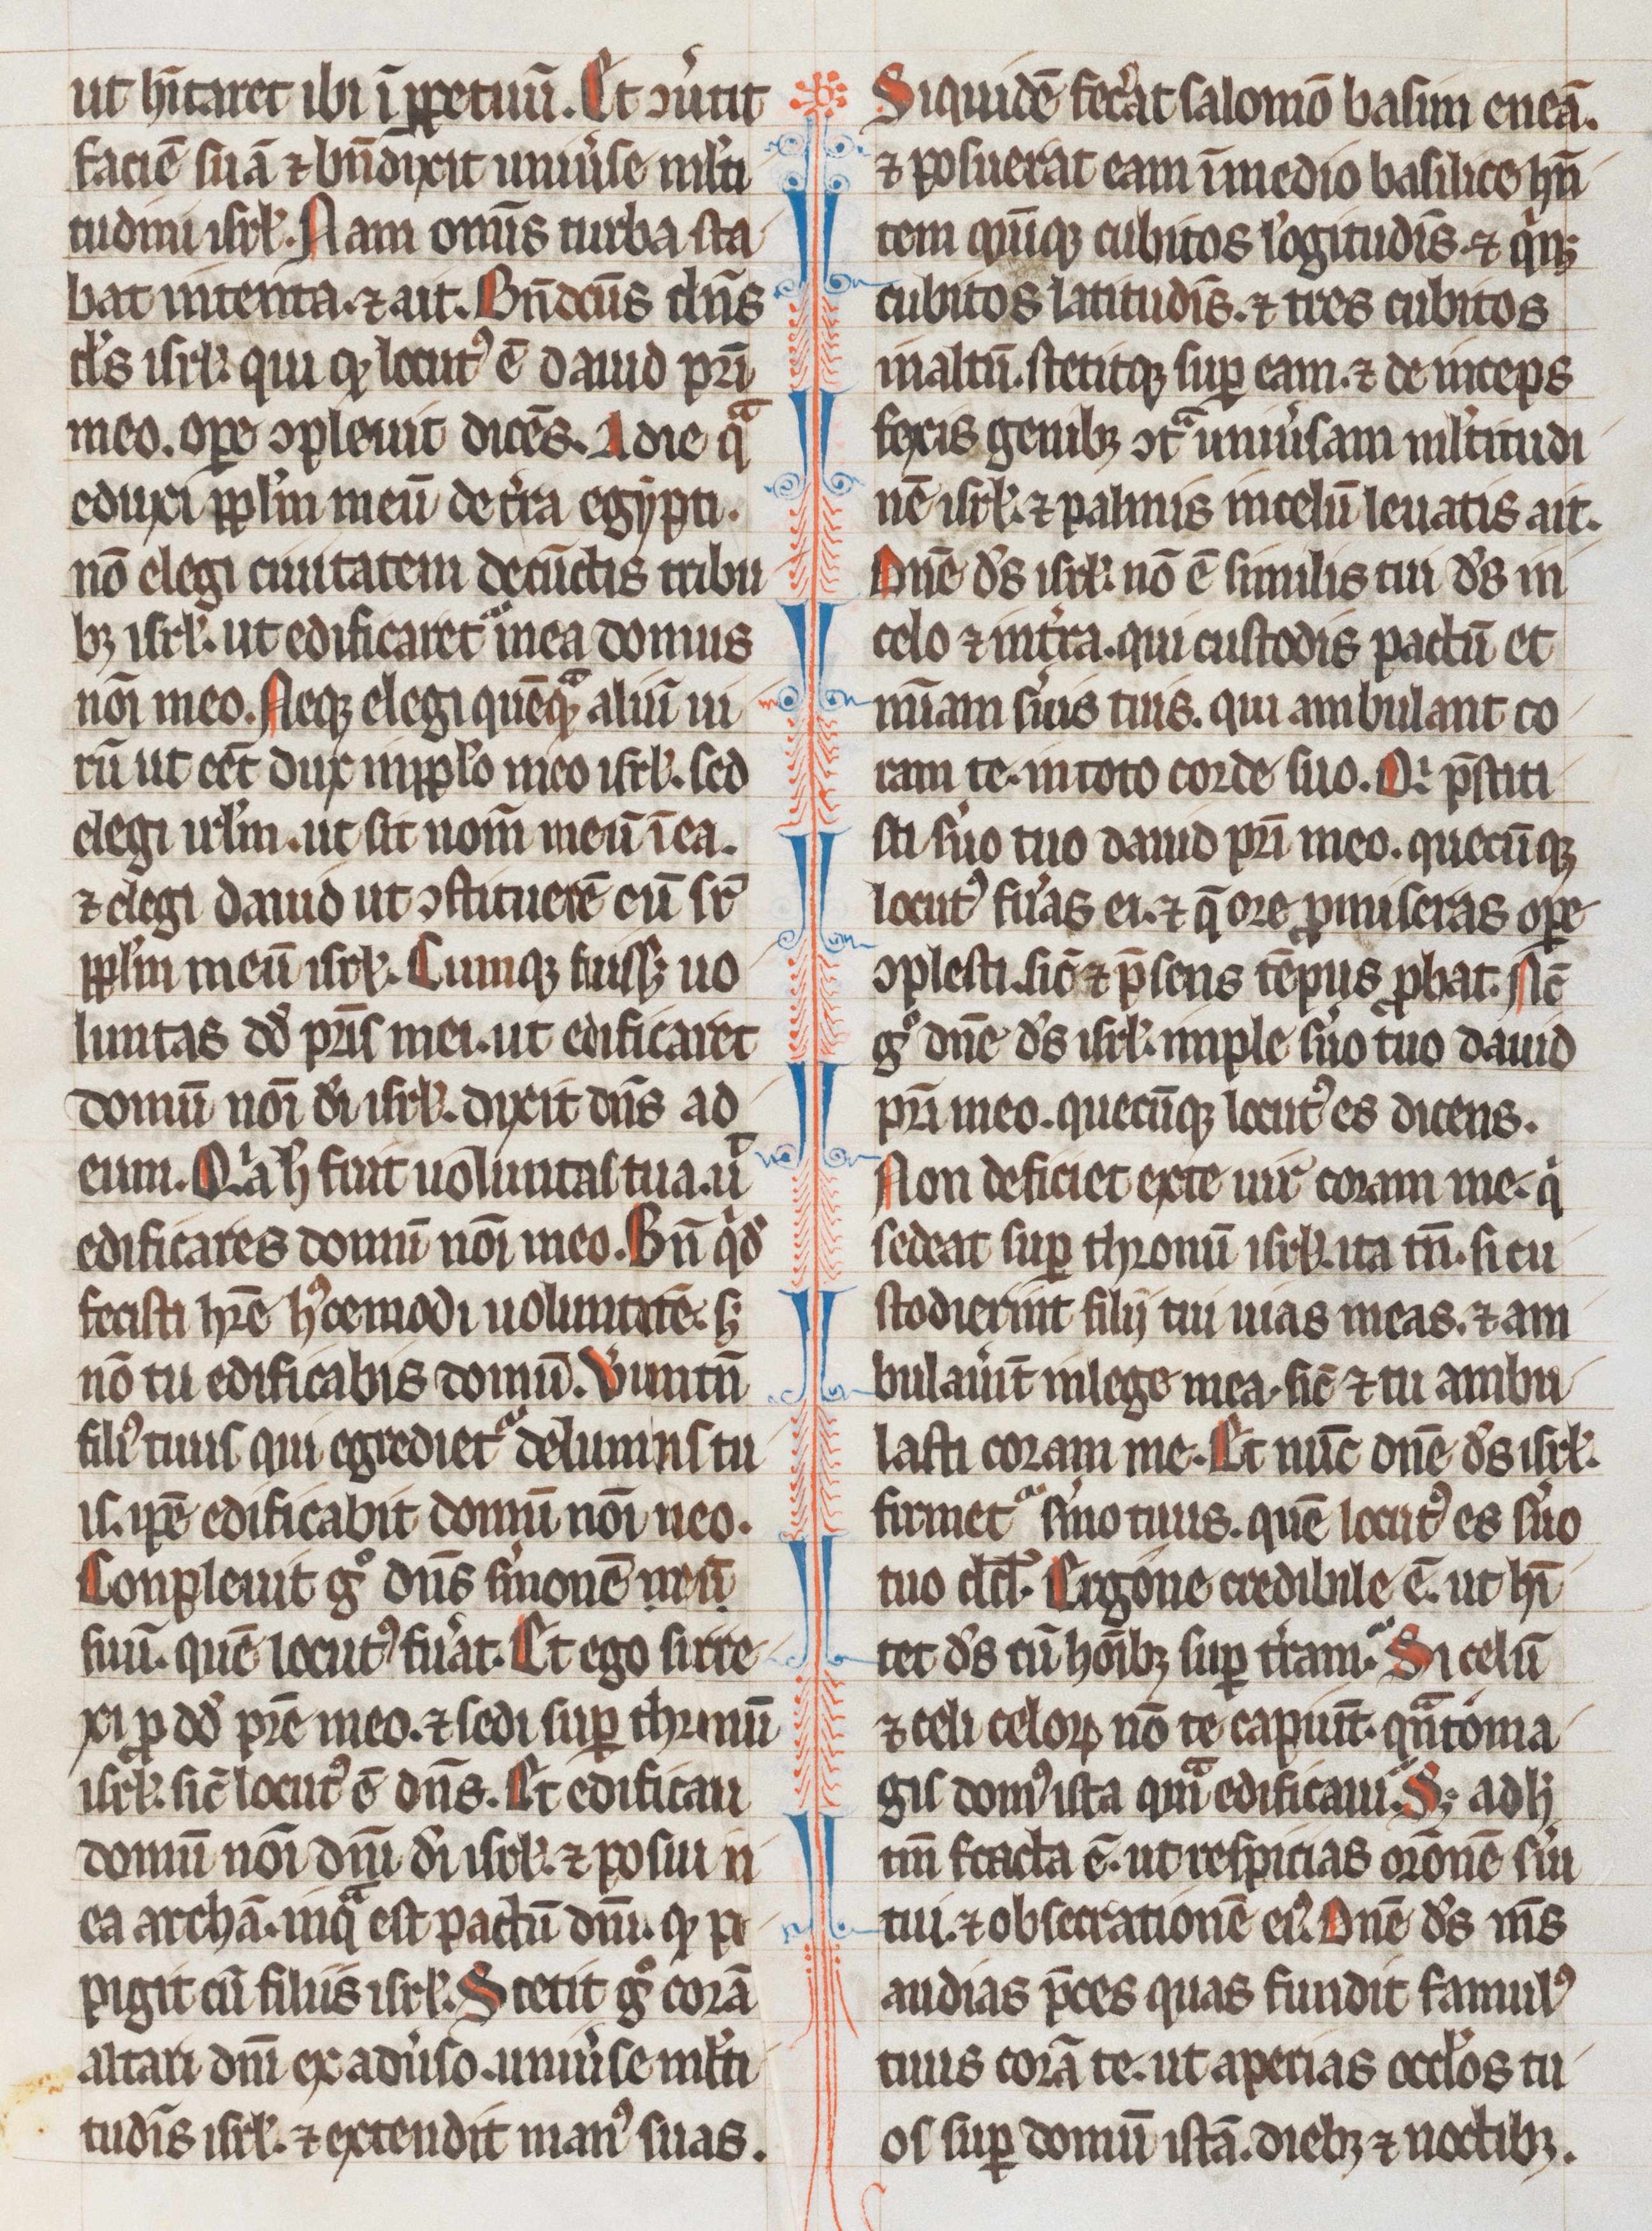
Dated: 1255–1285